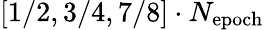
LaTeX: [1/2,3/4,7/8]\cdot N_{\mathrm{epoch}}